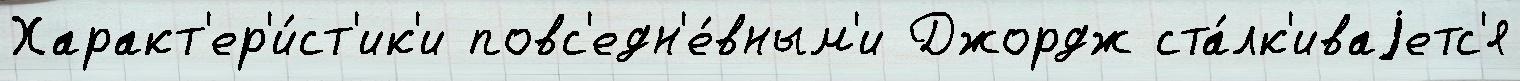
Характ'ер'и́ст'ик'и повс'едн'е́вным'и Джордж ста́лк'иваjетс'я